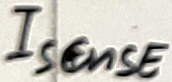
Text: Isense